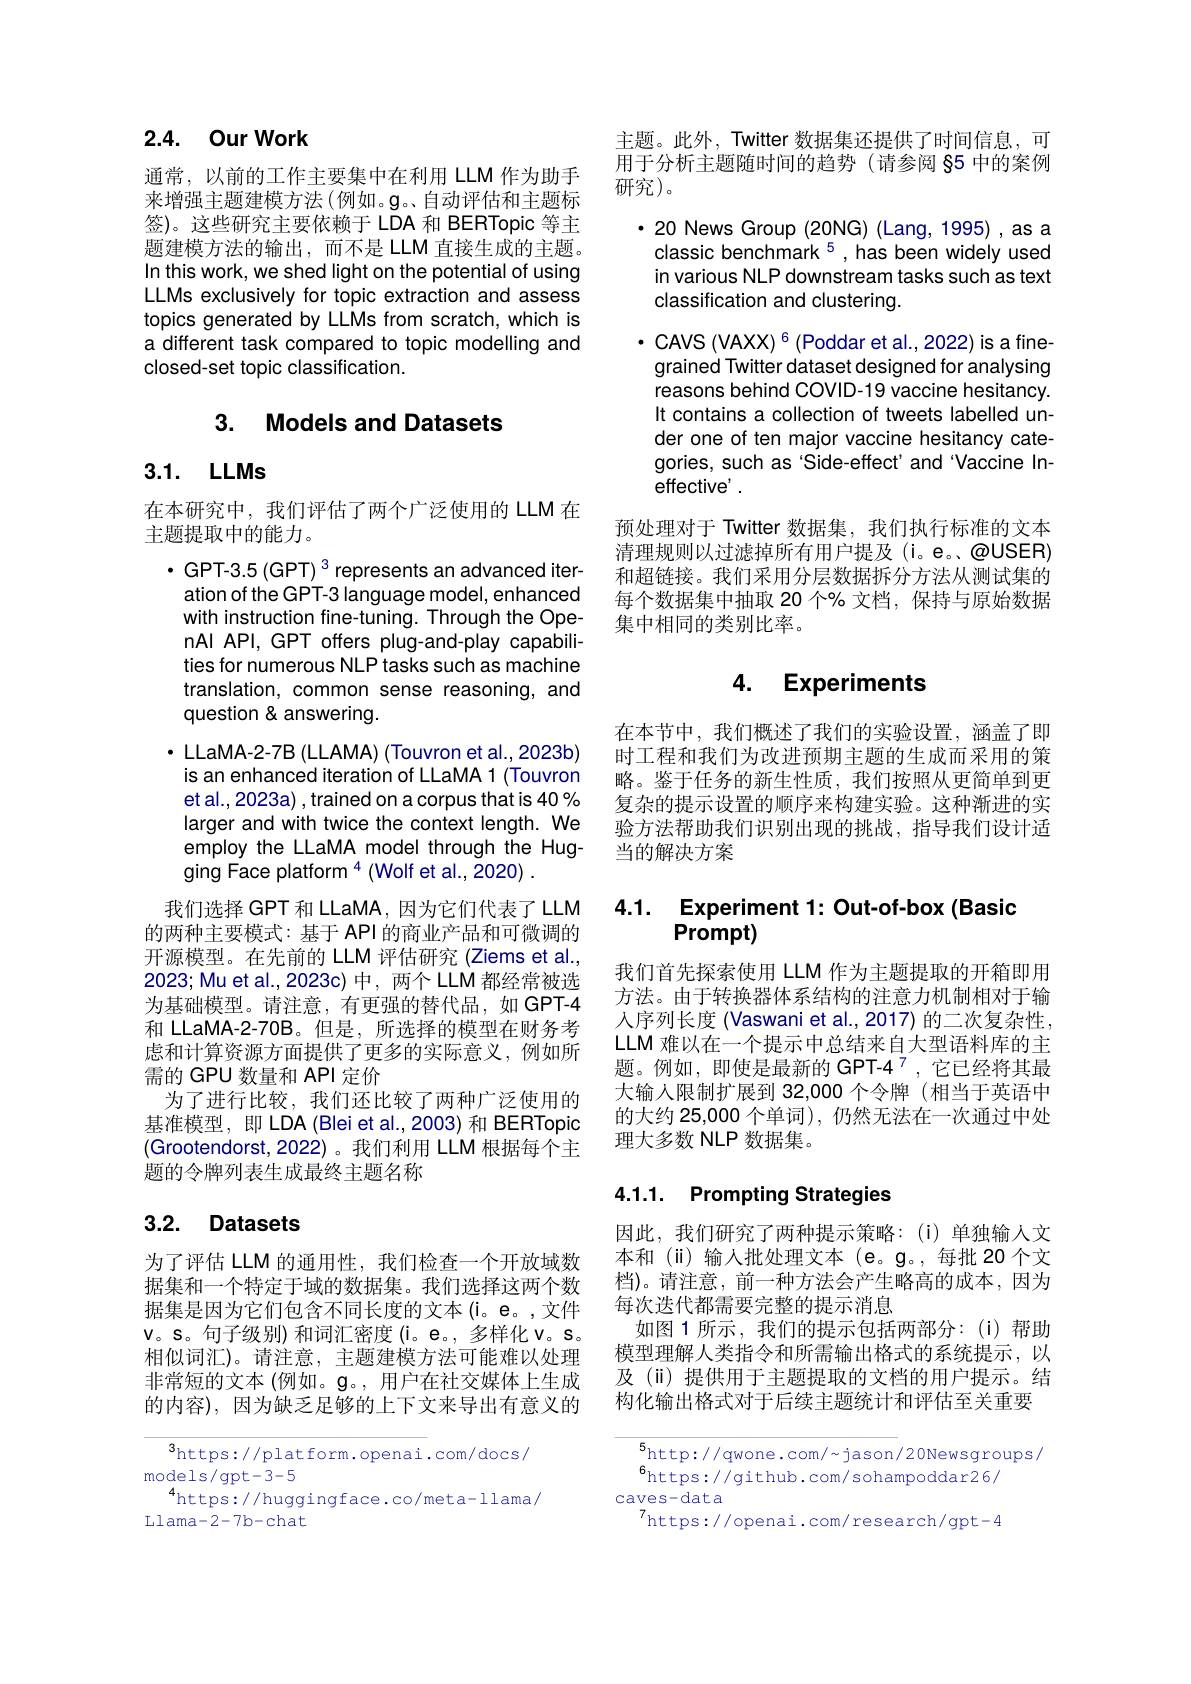
# 2.4. Our Work

通常，以前的工作主要集中在利用 LLM 作为助手来增强主题建模方法(例如。$\mathfrak{g}$。自动评估和主题标签)。这些研究主要依赖于 LDA 和 BERTopic 等主题建模方法的输出，而不是 LLM 直接生成的主题。In this work, we shed light on the potential of using LLMs exclusively for topic extraction and assess topics generated by LLMs from scratch, which is a different task compared to topic modelling and closed-set topic classification.

# 3. Models and Datasets

# 3.1. LLMs

在本研究中，我们评估了两个广泛使用的 LLM 在
主题提取中的能力。

·GPT-3.5 (GPT) 3 represents an advanced iteration of the GPT-3 language model, enhanced with instruction fine-tuning. Through the OpenAI API, GPT offers plug-and-play capabilities for numerous NLP tasks such as machine translation, common sense reasoning, and question & answering.
$\cdot$ LLaMA-2-7B (LLAMA) (Touvron et al.,2023b) is an enhanced iteration of LLaMA 1 (Touvron et al., 2023 a) , trained on a corpus that is 40 % larger and with twice the context length. We employ the LLaMA model through the Hugging Face platform $^{4}$ (Wolf et al., 2020)
我们选择 GPT 和 LLaMA, 因为它们代表了 LLM 的两种主要模式：基于 API 的商业产品和可微调的开源模型。在先前的 LLM 评估研究 (Ziems et al. 2023; Mu et al.,2023c)中，两个 LLM 都经常被选为基础模型。请注意，有更强的替代品，如 GPT-4和 LLaMA-2-70B。但是，所选择的模型在财务考虑和计算资源方面提供了更多的实际意义，例如所需的 GPU 数量和 API 定价
为了进行比较，我们还比较了两种广泛使用的基准模型，即 LDA (Blei et al.,2003) 和 BERTopic (Grootendorst,2022)。我们利用 LLM 根据每个主题的令牌列表生成最终主题名称

# 3.2. Datasets

为了评估 LLM 的通用性，我们检查一个开放域数据集和一个特定于域的数据集。我们选择这两个数据集是因为它们包含不同长度的文本(i。e。,文件v。s。句子级别)和词汇密度(i。e。,多样化v。s 相似词汇)。请注意，主题建模方法可能难以处理非常短的文本(例如。$\mathfrak{g}$。,用户在社交媒体上生成的内容),因为缺乏足够的上下文来导出有意义的

$^3$https://platform.openai.com/docs/
models/gpt-3-5
$^{4}$https://huggingface.co/meta-llama/
Llama-2-7b-chat

主题。此外，Twitter 数据集还提供了时间信息，可用于分析主题随时间的趋势(请参阅 §5 中的案例研究)。

$\cdot20$ News Group (20NG) (Lang,1995),as a classic benchmark 5 , has been widely used in various NLP downstream tasks such as text classification and clustering.
$\cdot$CAVS (VAXX) $^6($Poddar et al.,2022)is a finegrained Twitter dataset designed for analysing reasons behind COVID-19 vaccine hesitancy. It contains a collection of tweets labelled under one of ten major vaccine hesitancy categories, such as 'Side-effect' and Vaccine Ineffective' .
预处理对于 Twitter 数据集，我们执行标准的文本清理规则以过滤掉所有用户提及(i。e。、@USER) 和超链接。我们采用分层数据拆分方法从测试集的每个数据集中抽取 20 个% 文档，保持与原始数据集中相同的类别比率。

### 4. Experiments

在本节中，我们概述了我们的实验设置，涵盖了即时工程和我们为改进预期主题的生成而采用的策略。鉴于任务的新生性质，我们按照从更简单到更复杂的提示设置的顺序来构建实验。这种渐进的实验方法帮助我们识别出现的挑战，指导我们设计适当的解决方案

## 4.1. Experiment 1: Out-of-box (Basid Prompt)

我们首先探索使用 LLM 作为主题提取的开箱即用方法。由于转换器体系结构的注意力机制相对于输人序列长度 (Vaswani et al.,2017) 的二次复杂性， LLM 难以在一个提示中总结来自大型语料库的主题。例如，即使是最新的 GPT-4$^{7}$,它已经将其最大输入限制扩展到 32,000 个令牌 (相当于英语中的大约 25,000 个单词), 仍然无法在一次通过中处理大多数 NLP 数据集。

# 4.1.1. Prompting Strategies

因此，我们研究了两种提示策略：(i)单独输入文本和(ii)输入批处理文本(e。g。,每批 20 个文档)。请注意，前一种方法会产生略高的成本，因为每次迭代都需要完整的提示消息
如图 1 所示 , 我们的提示包括两部分：(i)帮助模型理解人类指令和所需输出格式的系统提示，以及($\"{i})提供用于主题提取的文档的用户提示。结果$ 构化输出格式对于后续主题统计和评估至关重要

$^{5}$http://qwone.com/~jason/20Newsgroups/
$^{6}$https://github.com/sohampoddar26/
caves-data
7https://openai.com/research/gpt-4